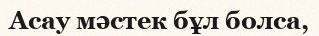
Асау мәстек бұл болса,